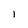
Character: l